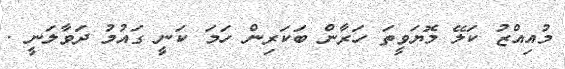
މުއިއްޒު ކަލޭ މޮޔަވީތަ ހަރާން ބަކަރިން ހަމަ ކަނީ ގައުމު ދަވާލަނީ .